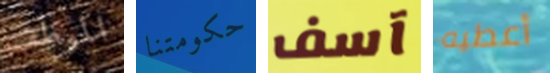
الموظف حكومتنا آسف أعطيه